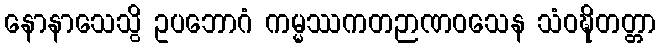
နောနာသေသွိ ဥပဘောဂံ ကမ္မဿကတဉာဏဝသေန သံဝဍ္ဎိတတ္တာ